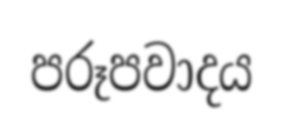
පරූපවාදය